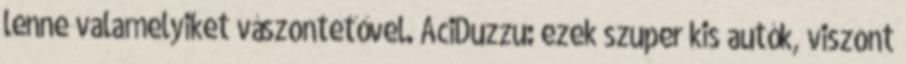
lenne valamelyiket vászontetővel. AciDuzzu: ezek szuper kis autók, viszont